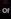
of